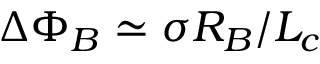
\Delta \Phi _ { B } \simeq \sigma R _ { B } / L _ { c }